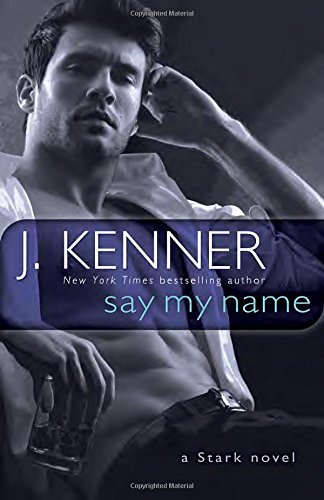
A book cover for Say My Name: A Stark Novel; J. Kenner; Romance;